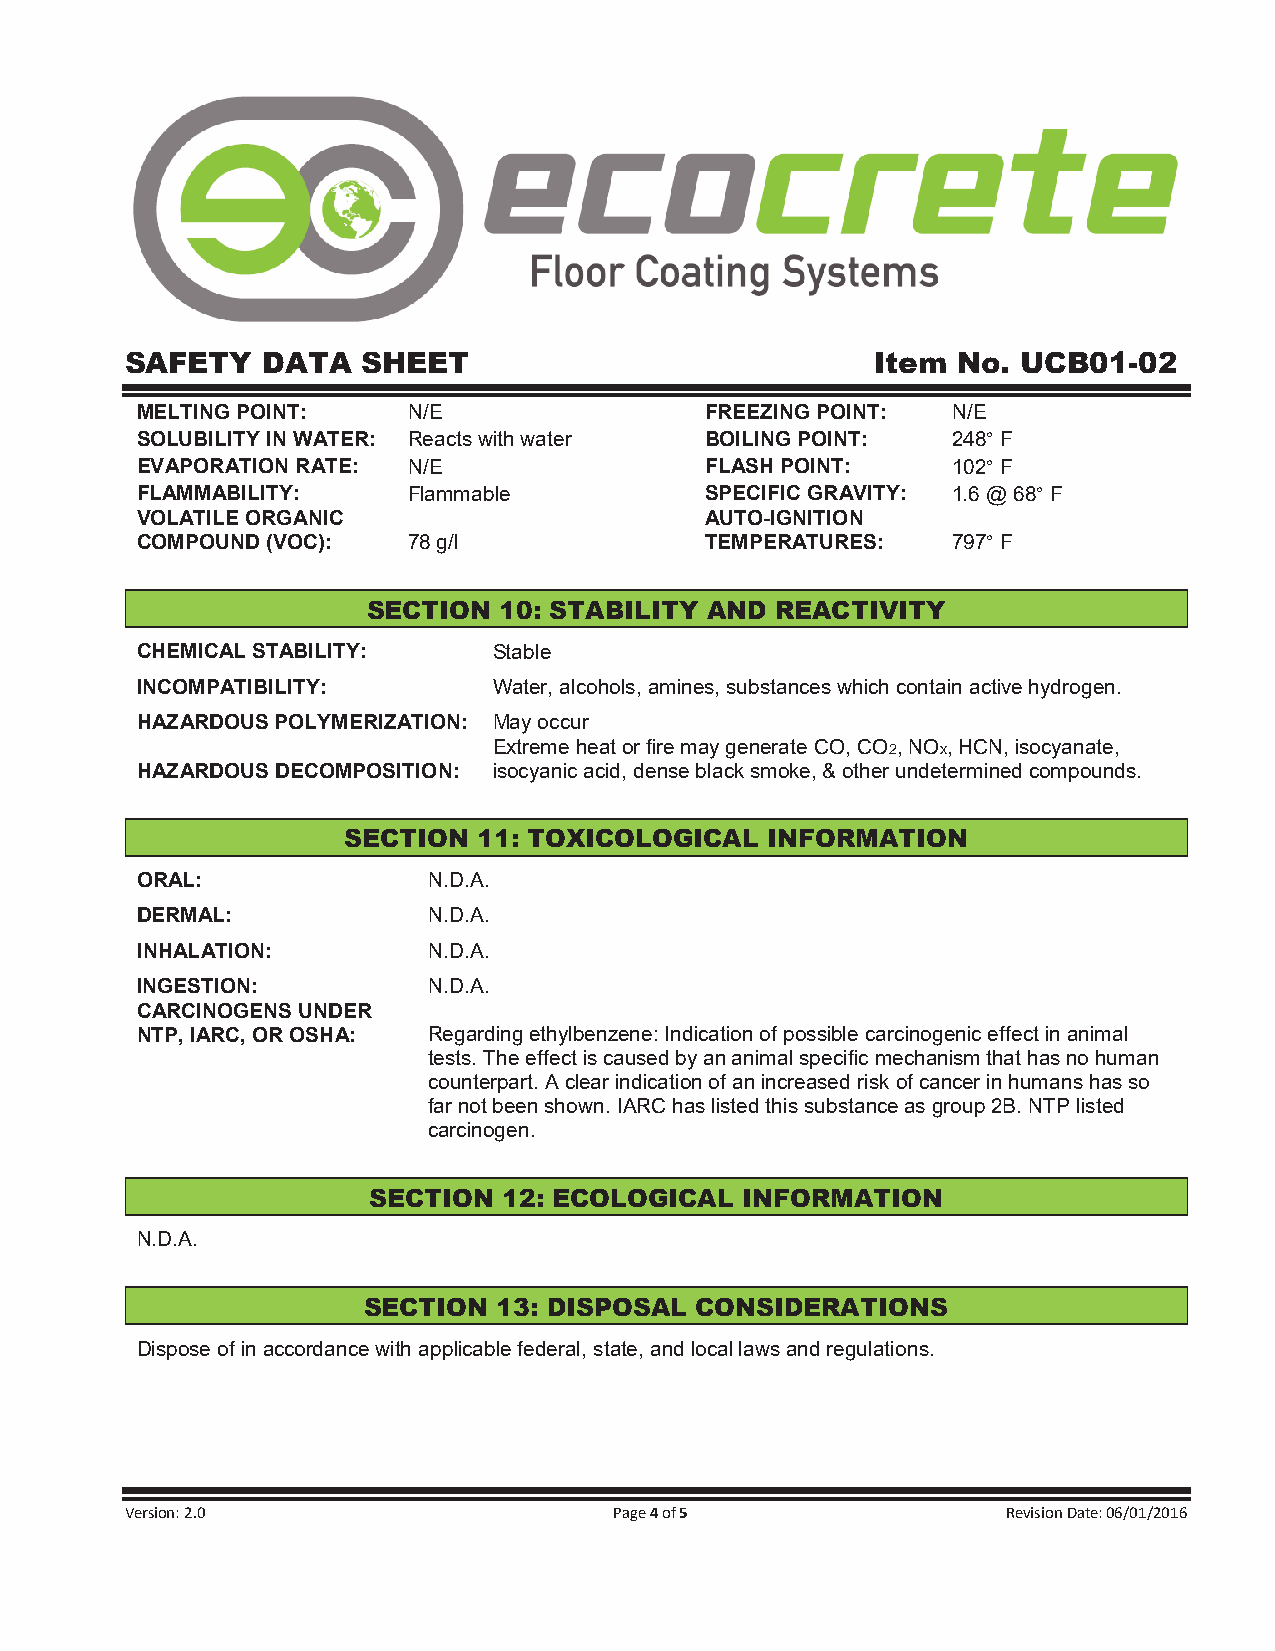
SAFETY   DATA   SHEET                             Item No.  UCB01-02
 MELTING POINT:    N/E                 FREEZING POINT: N/E
 SOLUBILITY IN WATER: Reacts with water BOILING POINT: 248° F
 EVAPORATION RATE: N/E                 FLASH POINT:    102° F
 FLAMMABILITY:     Flammable           SPECIFIC GRAVITY: 1.6 @ 68° F
 VOLATILE ORGANIC                      AUTO-IGNITION
 COMPOUND (VOC):   78 g/l              TEMPERATURES:   797° F
 SECTION  10: STABILITY AND REACTIVITY
 CHEMICAL STABILITY:     Stable
 INCOMPATIBILITY:        Water, alcohols, amines, substances which contain active hydrogen.
 HAZARDOUS POLYMERIZATION: May occur
 Extreme heat or fire may generate CO, CO2, NOx, HCN, isocyanate,
 HAZARDOUS DECOMPOSITION: isocyanic acid, dense black smoke, & other undetermined compounds.
 SECTION  11: TOXICOLOGICAL  INFORMATION
 ORAL:              N.D.A.
 DERMAL:            N.D.A.
 INHALATION:        N.D.A.
 INGESTION:         N.D.A.
 CARCINOGENS UNDER
 NTP, IARC, OR OSHA: Regarding ethylbenzene: Indication of possible carcinogenic effect in animal
 tests. The effect is caused by an animal specific mechanism that has no human
 counterpart. A clear indication of an increased risk of cancer in humans has so
 far not been shown. IARC has listed this substance as group 2B. NTP listed
 carcinogen.
 SECTION  12: ECOLOGICAL  INFORMATION
 N.D.A.
 SECTION  13: DISPOSAL CONSIDERATIONS
 Dispose of in accordance with applicable federal, state, and local laws and regulations.
 Version: 2.0                     Page 4 of 5               Revision Date: 06/01/2016